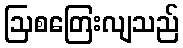
ဩစတြေးလျသည်